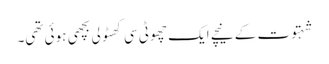
شہتوت کے نیچے ایک چھوٹی سی کھٹولی بچھی ہوئی تھی۔